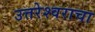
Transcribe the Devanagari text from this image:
उत्तरेश्वराचा